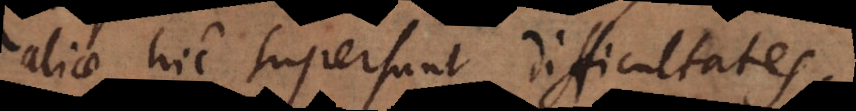
aliae hic supersunt difficultates: